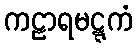
ကဠာရမဋ္ဋကံ